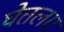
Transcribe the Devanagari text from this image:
घेतलए